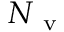
N _ { \mathrm { ~ v ~ } }